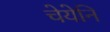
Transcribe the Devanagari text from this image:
चेयेनि